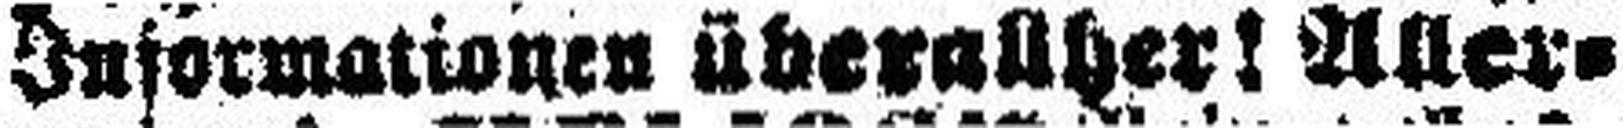
Informationen überallher! Alle¬